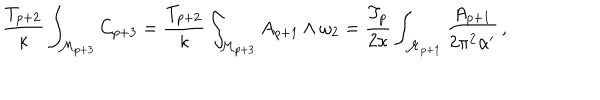
LaTeX: \frac { T _ { p + 2 } } { \kappa } \int _ { \mathcal { M } _ { p + 3 } } C _ { p + 3 } = \frac { T _ { p + 2 } } { \kappa } \int _ { \mathcal { M } _ { p + 3 } } A _ { p + 1 } \wedge \omega _ { 2 } = \frac { T _ { p } } { 2 \kappa } \int _ { \mathcal { M } _ { p + 1 } } \frac { A _ { p + 1 } } { 2 \pi ^ { 2 } \alpha ^ { \prime } } \, ,